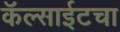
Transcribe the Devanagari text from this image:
कॅल्साईटचा